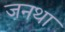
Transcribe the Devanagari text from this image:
जनथा